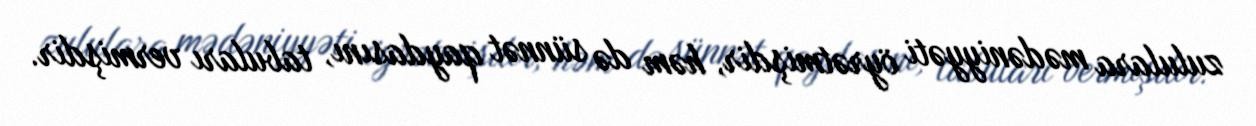
zululara mədəniyyəti öyrətmişdir, həm də sünnət qaydasını, tabuları vermişdir.